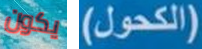
يكون (الكحول)